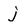
Character: j